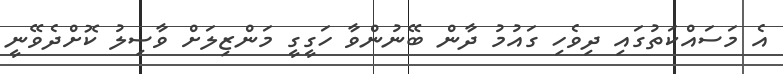
އެ މަސައްކަތުގައި ދިވެހި ގައުމު ދާން ބޭނުންވާ ހަގީގީ މަންޒިލަށް ވާސިލު ކޮށްދެވޭނީ